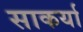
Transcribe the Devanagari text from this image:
साकर्या